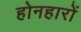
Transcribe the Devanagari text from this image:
होनहारों